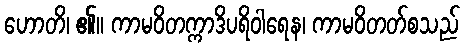
ဟောတိ၊ ၏။ ကာမဝိတက္ကာဒိပရိဝါရေန၊ ကာမဝိတတ်စသည်